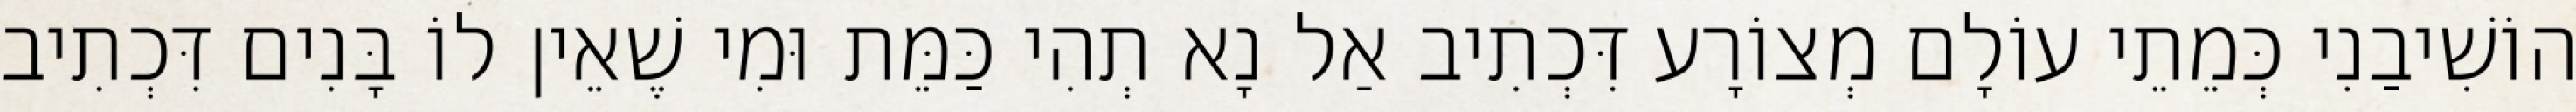
הוֹשִׁיבַנִי כְּמֵתֵי עוֹלָם מְצוֹרָע דִּכְתִיב אַל נָא תְהִי כַּמֵּת וּמִי שֶׁאֵין לוֹ בָּנִים דִּכְתִיב